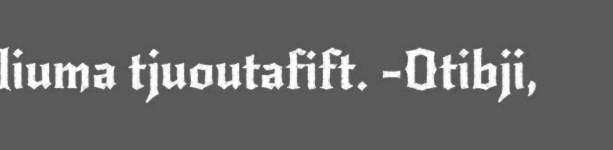
liuma tjuoutafift. -Otibji,